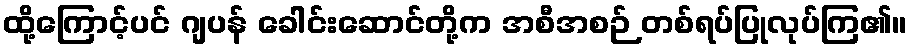
ထို့ကြောင့်ပင် ဂျပန် ခေါင်းဆောင်တို့က အစီအစဉ် တစ်ရပ်ပြုလုပ်ကြ၏။